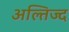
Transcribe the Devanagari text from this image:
अल्तिज्द